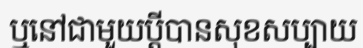
ឬនៅជាមួយប្តីបានសុខសប្បាយ